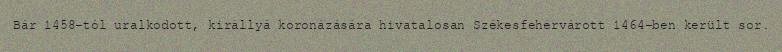
Bár 1458-tól uralkodott, királlyá koronázására hivatalosan Székesfehérvárott 1464-ben került sor.